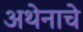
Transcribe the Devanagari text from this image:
अथेनाचे